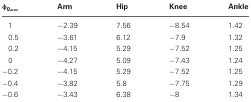
| φ0arm | Arm | Hip | Knee | Ankle |
 | --- | --- | --- | --- | --- |
 | 1 | −2.39 | 7.56 | −8.54 | 1.42 |
 | 0.5 | −3.61 | 6.12 | −7.9 | 1.32 |
 | 0.2 | −4.15 | 5.29 | −7.52 | 1.25 |
 | 0 | −4.27 | 5.09 | −7.43 | 1.24 |
 | −0.2 | −4.15 | 5.29 | −7.52 | 1.25 |
 | −0.4 | −3.82 | 5.8 | −7.75 | 1.29 |
 | −0.6 | −3.43 | 6.38 | −8 | 1.34 |